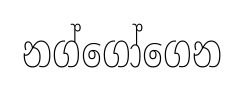
නග්ගෝගෙන